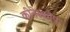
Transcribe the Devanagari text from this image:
कीनेस्कौप